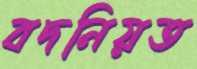
বদনিয়ত